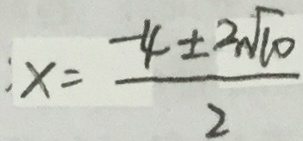
x = \frac { - 4 \pm 2 \sqrt { 1 0 } } { 2 }